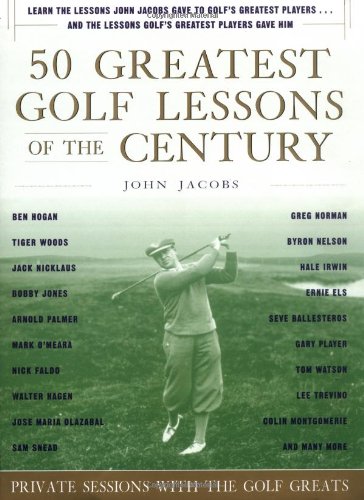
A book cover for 50 Greatest Golf Lessons Of The Century: Private Sessions with the Golf Greats; John Jacobs; Sports & Outdoors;